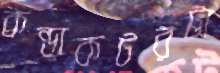
কন্ডাকটরটা